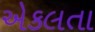
એકલતા